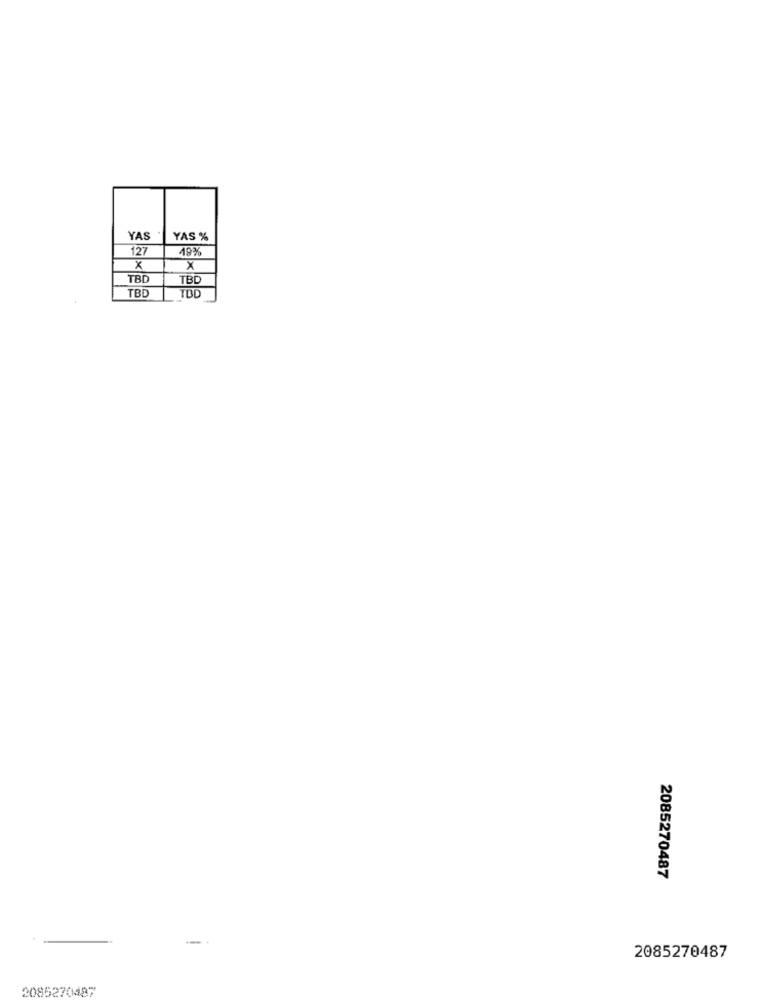
YAS
YAS %
127
19%
x
X
TBD
TBD
TBD
TOD
2085270487
-
2085270487
2085270497